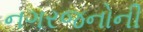
નગરજનોની